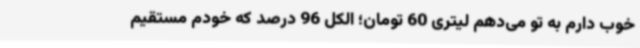
خوب دارم به تو می‌دهم لیتری 60 تومان؛ الکل 96 درصد که خودم مستقیم